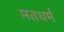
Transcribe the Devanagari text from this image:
मतधर्म